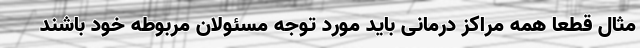
مثال قطعا همه مراکز درمانی باید مورد توجه مسئولان مربوطه خود باشند